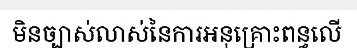
មិនច្បាស់លាស់នៃការអនុគ្រោះពន្ធលើ